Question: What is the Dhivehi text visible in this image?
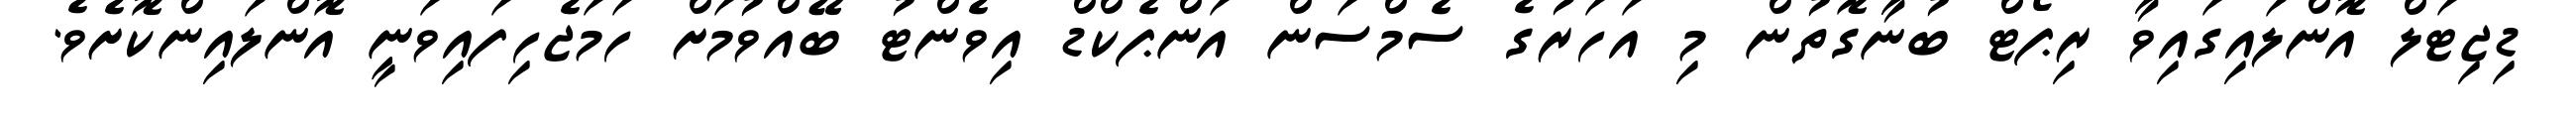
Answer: ޑިޖިޓަލް އޮންލައިގައިވާ ރިޕޯޓް ބުނާގޮތުން މި އަހަރުގެ ސެމްސަން އަންޕެކްޑް އިވެންޓު ބޭއްވުމަށް ހަމަޖެހިފައިވަނީ އޮންލައިންކޮށެވެ.